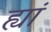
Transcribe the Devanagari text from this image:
ह्यां